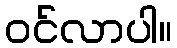
ဝင်လာပါ။